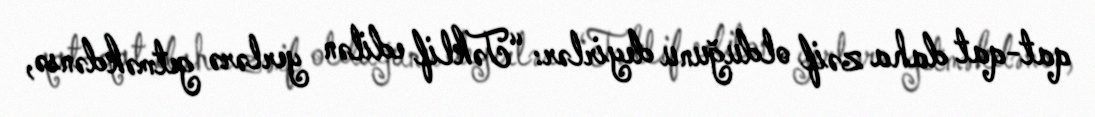
qat-qat daha zəif olduğunu deyirlər: “Təklif edilən yerlərə getməkdənsə,